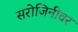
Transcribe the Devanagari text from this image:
सरोजिनींवर